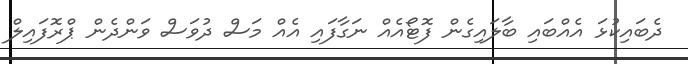
ދެބައިކުޅަ އެއްބައި ބާލައިގެން ފޮޓޯއެއް ނަގާފައި އެއް މަސް ދުވަސް ވަންދެން ޕްރޮފައިލް